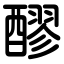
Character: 醪